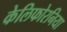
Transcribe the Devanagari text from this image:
केलिफोरनिया